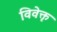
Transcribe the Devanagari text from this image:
विवेक्तृ